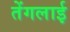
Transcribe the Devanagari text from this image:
तेंगलाई